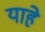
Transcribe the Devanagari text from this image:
याहे